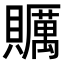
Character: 𧸱